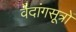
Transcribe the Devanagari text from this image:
वेदांगसूत्रों